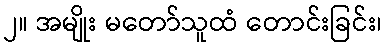
၂။ အမျိုး မတော်သူထံ တောင်းခြင်း၊